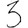
Digit: 3